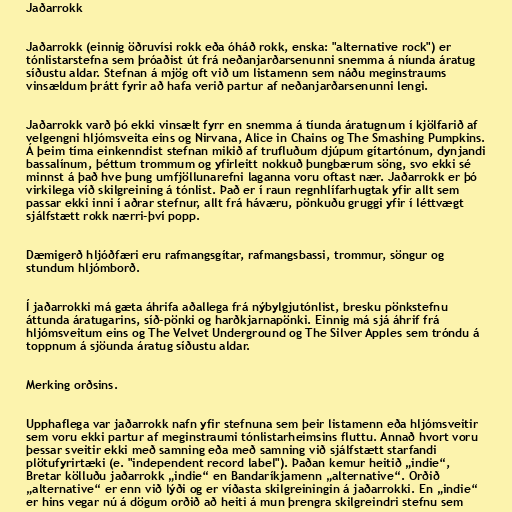
Jaðarrokk

Jaðarrokk (einnig öðruvísi rokk eða óháð rokk, enska: "alternative rock") er
tónlistarstefna sem þróaðist út frá neðanjarðarsenunni snemma á níunda áratug
síðustu aldar. Stefnan á mjög oft við um listamenn sem náðu meginstraums
vinsældum þrátt fyrir að hafa verið partur af neðanjarðarsenunni lengi.

Jaðarrokk varð þó ekki vinsælt fyrr en snemma á tíunda áratugnum í kjölfarið af
velgengni hljómsveita eins og Nirvana, Alice in Chains og The Smashing Pumpkins.
Á þeim tíma einkenndist stefnan mikið af trufluðum djúpum gítartónum, dynjandi
bassalínum, þéttum trommum og yfirleitt nokkuð þungbærum söng, svo ekki sé
minnst á það hve þung umfjöllunarefni laganna voru oftast nær. Jaðarrokk er þó
virkilega víð skilgreining á tónlist. Það er í raun regnhlífarhugtak yfir allt sem
passar ekki inni í aðrar stefnur, allt frá háværu, pönkuðu gruggi yfir í léttvægt
sjálfstætt rokk nærri-því popp.

Dæmigerð hljóðfæri eru rafmangsgítar, rafmangsbassi, trommur, söngur og
stundum hljómborð.

Í jaðarrokki má gæta áhrifa aðallega frá nýbylgjutónlist, bresku pönkstefnu
áttunda áratugarins, síð-pönki og harðkjarnapönki. Einnig má sjá áhrif frá
hljómsveitum eins og The Velvet Underground og The Silver Apples sem tróndu á
toppnum á sjöunda áratug síðustu aldar.

Merking orðsins.

Upphaflega var jaðarrokk nafn yfir stefnuna sem þeir listamenn eða hljómsveitir
sem voru ekki partur af meginstraumi tónlistarheimsins fluttu. Annað hvort voru
þessar sveitir ekki með samning eða með samning við sjálfstætt starfandi
plötufyrirtæki (e. "independent record label"). Þaðan kemur heitið „indie“,
Bretar kölluðu jaðarrokk „indie“ en Bandaríkjamenn „alternative“. Orðið
„alternative“ er enn við lýði og er víðasta skilgreiningin á jaðarrokki. En „indie“
er hins vegar nú á dögum orðið að heiti á mun þrengra skilgreindri stefnu sem